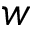
w